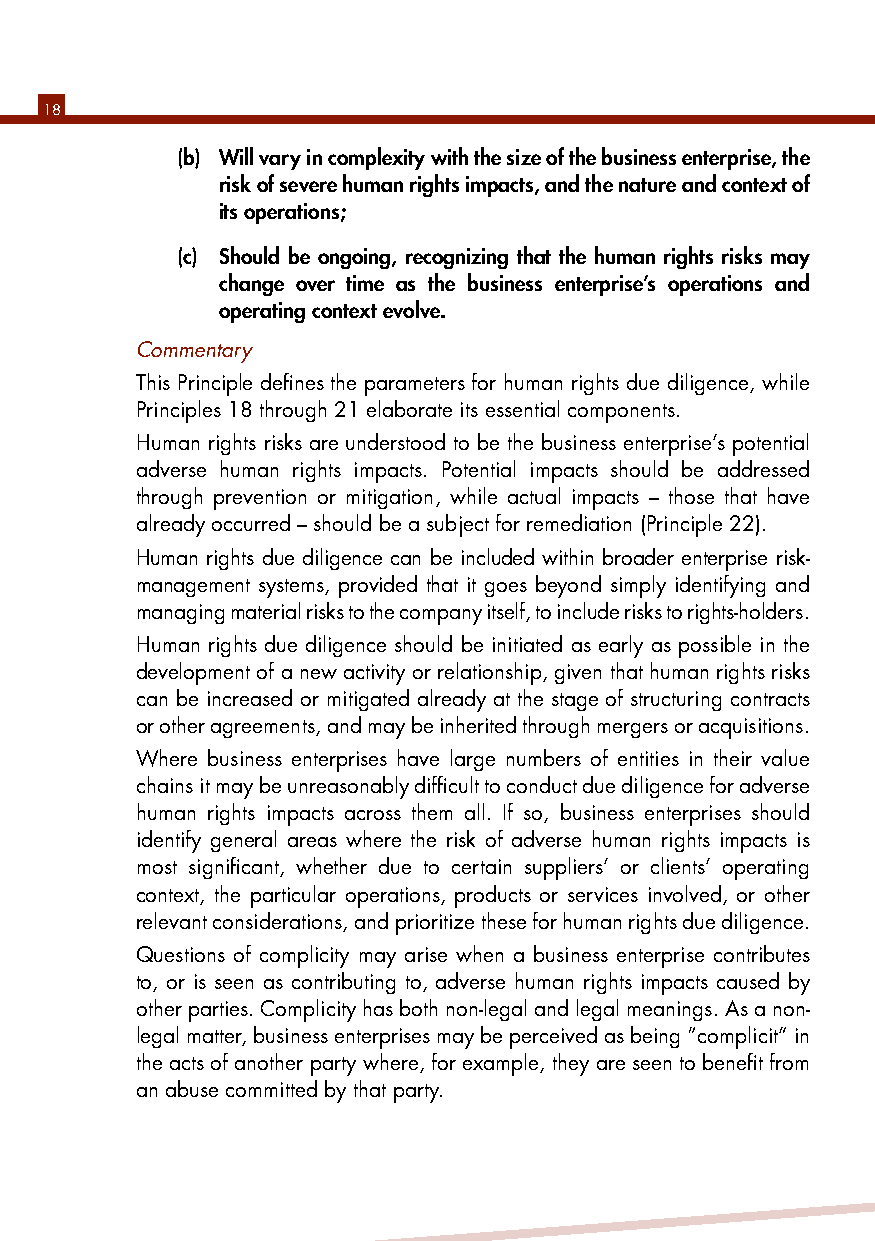
18
 (b) Will vary in complexity with the size of the business enterprise, the
 risk of severe human rights impacts, and the nature and context of
 its operations;
 (c) Should be ongoing, recognizing that the human rights risks may
 change over time as the business enterprise’s operations and
 operating context evolve.
 Commentary
 This Principle defines the parameters for human rights due diligence, while
 Principles 18 through 21 elaborate its essential components.
 Human rights risks are understood to be the business enterprise’s potential
 adverse human rights impacts. Potential impacts should be addressed
 through prevention or mitigation, while actual impacts – those that have
 already occurred – should be a subject for remediation (Principle 22).
 Human rights due diligence can be included within broader enterprise risk-
 management systems, provided that it goes beyond simply identifying and
 managing material risks to the company itself, to include risks to rights-holders.
 Human rights due diligence should be initiated as early as possible in the
 development of a new activity or relationship, given that human rights risks
 can be increased or mitigated already at the stage of structuring contracts
 or other agreements, and may be inherited through mergers or acquisitions.
 Where business enterprises have large numbers of entities in their value
 chains it may be unreasonably difficult to conduct due diligence for adverse
 human rights impacts across them all. If so, business enterprises should
 identify general areas where the risk of adverse human rights impacts is
 most significant, whether due to certain suppliers’ or clients’ operating
 context, the particular operations, products or services involved, or other
 relevant considerations, and prioritize these for human rights due diligence.
 Questions of complicity may arise when a business enterprise contributes
 to, or is seen as contributing to, adverse human rights impacts caused by
 other parties. Complicity has both non-legal and legal meanings. As a non-
 legal matter, business enterprises may be perceived as being “complicit” in
 the acts of another party where, for example, they are seen to benefit from
 an abuse committed by that party.